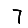
Digit: 7